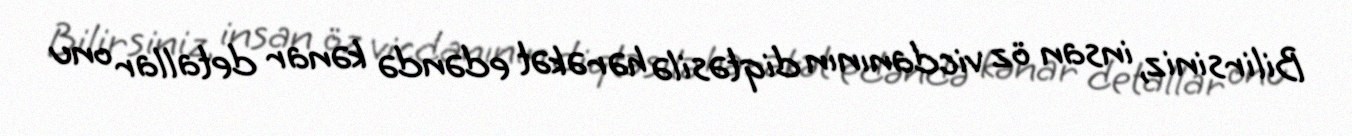
Bilirsiniz, insan öz vicdanının diqtəsilə hərəkət edəndə kənar detallar onu